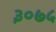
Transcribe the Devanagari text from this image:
३०७५